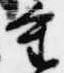
重